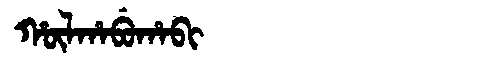
Manchu: ᡥᡡᠯᡥᠠᠪᡠᡥᠠᠪᡳ
Romanization: HŪLHABUHABI